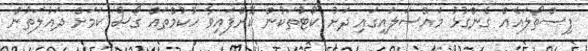
ފިސްތޯލައެއް ގެންގުޅު މައްސަލައިގައި ދަށު ކޯޓުތަކުން ކޮށްފައިވާ ހުކުމްތައް ގޯސް ކަމަށް ދައުލަތުން